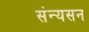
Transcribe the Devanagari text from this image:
संन्यसन